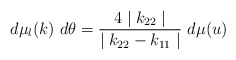
\begin{align*}d \mu _l (k) ~d \theta = \frac{4 \mid k_{22} \mid } {\mid k_{22} - k_{11} \mid} ~d \mu (u)\end{align*}